Annual statistical returns and brief notes on vaccination in Bengal - 1896-1909
Year: 1896
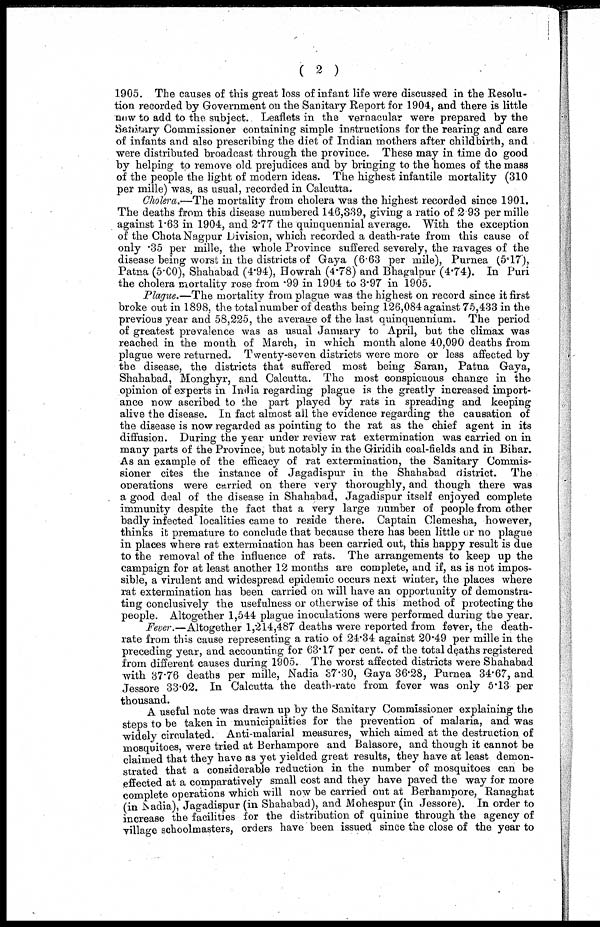
( 2 )
1905. The causes of this great loss of infant life were discussed in the Resolu-
tion recorded by Government on the Sanitary Report for 1904, and there is little
now to add to the subject. Leaflets in the vernacular were prepared by the
Sanitary Commissioner containing simple instructions for the rearing and care
of infants and also prescribing the diet of Indian mothers after childbirth, and
were distributed broadcast through the province. These may in time do good
by helping to remove old prejudices and by bringing to the homes of the mass
of the people the light of modern ideas. The highest infantile mortality (310
per mille) was, as usual, recorded in Calcutta.
Cholera.—The mortality from cholera was the highest recorded since 1901.
The deaths from this disease numbered 146,339, giving a ratio of 2 93 per mille
against 1.63 in 1904, and 2.77 the quinquennial average. With the exception
of the Chota Nagpur Division, which recorded a death-rate from this cause of
only .35 per mille, the whole Province suffered severely, the ravages of the
disease being worst in the districts of Gaya (6.63 per mile), Purnea (5.17),
Patna (5.00), Shahabad (4.94), Howrah (4.78) and Bhagalpur (4.74). In Puri
the cholera mortality rose from .99 in 1904 to 3.97 in 1905.
Plague.—The mortality from plague was the highest on record since it first
broke out in 1898, the total number of deaths being 126,084 against 75,433 in the
previous year and 58,225, the average of the last quinquennium. The period
of greatest prevalence was as usual January to April, but the climax was
reached in the month of March, in which month alone 40,090 deaths from
plague were returned. Twenty-seven districts were more or less affected by
the disease, the districts that suffered most being Saran, Patna Gaya,
Shahabad, Monghyr, and Calcutta. The most conspicuous change in the
opinion of experts in India regarding plague is the greatly increased import-
ance now ascribed to the part played by rats in spreading and keeping
alive the disease. In fact almost all the evidence regarding the causation of
the disease is now regarded as pointing to the rat as the chief agent in its
diffusion. During the year under review rat extermination was carried on in
many parts of the Province, but notably in the Giridih coal-fields and in Bihar.
As an example of the efficacy of rat extermination, the Sanitary Commis-
sioner cites the instance of Jagadispur in the Shahabad district. The
operations were carried on there very thoroughly, and though there was
a good deal of the disease in Shahabad, Jagadispur itself enjoyed complete
immunity despite the fact that a very large number of people from other
badly infected localities came to reside there. Captain Clemesha, however,
thinks it premature to conclude that because there has been little or no plague
in places where rat extermination has been carried out, this happy result is due
to the removal of the influence of rats. The arrangements to keep up the
campaign for at least another 12 months are complete, and if, as is not impos-
sible, a virulent and widespread epidemic occurs next winter, the places where
rat extermination has been carried on will have an opportunity of demonstra-
ting conclusively the usefulness or otherwise of this method of protecting the
people. Altogether 1,544 plague inoculations were performed during the year.
Fever.—Altogether 1,214,487 deaths were reported from fever, the death-
rate from this cause representing a ratio of 24.34 against 20.49 per mille in the
preceding year, and accounting for 63.17 per cent. of the total deaths registered
from different causes during 1905. The worst affected districts were Shahabad
with 37.76 deaths per mille, Nadia 37.30, Gaya 36.28, Purnea 34.67, and
Jessore 33.02. In Calcutta the death-rate from fever was only 5.13 per
thousand.
A useful note was drawn up by the Sanitary Commissioner explaining the
steps to be taken in municipalities for the prevention of malaria, and was
widely circulated. Anti-malarial measures, which aimed at the destruction of
mosquitoes, were tried at Berhampore and Balasore, and though it cannot be
claimed that they have as yet yielded great results, they have at least demon-
strated that a considerable reduction in the number of mosquitoes can be
effected at a comparatively small cost and they have paved the way for more
complete operations which will now be carried out at Berhampore, Ranaghat
(in Nadia), Jagadispur (in Shahabad), and Mohespur(in Jessore). In order to
increase the facilities for the distribution of quinine through the agency of
village schoolmasters, orders h a v e J a g a d i s p u r (in S h a h a b a d ) , and M o h e s p u r (in J e s s o r e been issued since the close of the year to